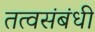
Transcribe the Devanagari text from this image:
तत्वसंबंधी